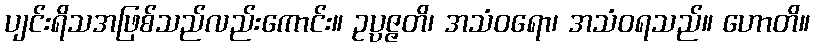
ပျင်းရိသအဖြစ်သည်လည်းကောင်း။ ဥပ္ပဇ္ဇတိ၊ အသံဝရော၊ အသံဝရသည်။ ဟောတိ။